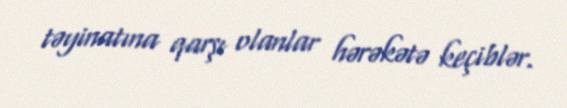
təyinatına qarşı olanlar hərəkətə keçiblər.